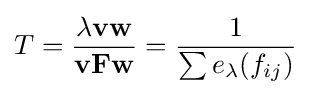
T={\frac {\lambda \mathbf {vw} }{\mathbf {vFw} }}={\frac {1}{\sum e_{\lambda }(f_{ij})}}